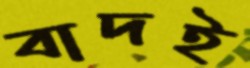
বাদই